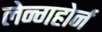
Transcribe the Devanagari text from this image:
लेन्गहोर्न